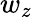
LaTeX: w_{z}